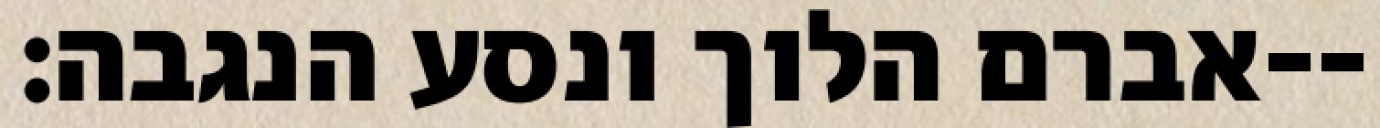
אברם הלוך ונסע הנגבה׃--